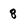
Character: 8